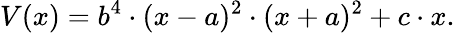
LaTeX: V(x)=b^{4}\cdot(x-a)^{2}\cdot(x+a)^{2}+c\cdot x.